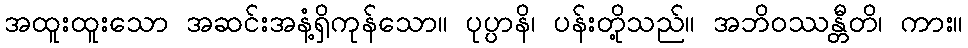
အထူးထူးသော အဆင်းအနံ့ရှိကုန်သော။ ပုပ္ပာနိ၊ ပန်းတို့သည်။ အဘိဝဿန္တီတိ၊ ကား။